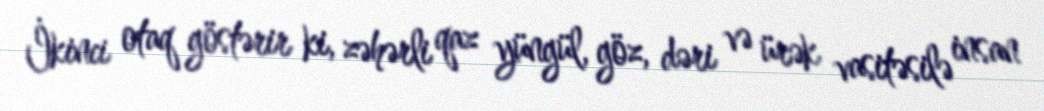
İkinci otaq göstərir ki, zəhərli qaz yüngül, göz, dəri və ürək vasitəsilə insan